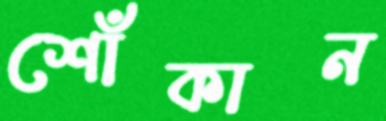
শোঁকান